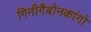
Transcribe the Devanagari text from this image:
गिनीगैबोनकांगो